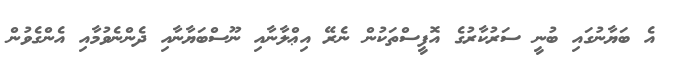
އެ ބަޔާނުގައި ބުނީ ސަރުކާރުގެ އޮފީސްތަކުން ނެރޭ އިޢްލާނާއި ނޫސްބަޔާނާއި ދެންނެވުމާއި އެންގެވުން